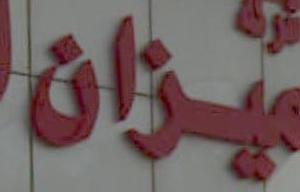
ميزان